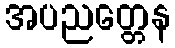
အပညတ္တေန